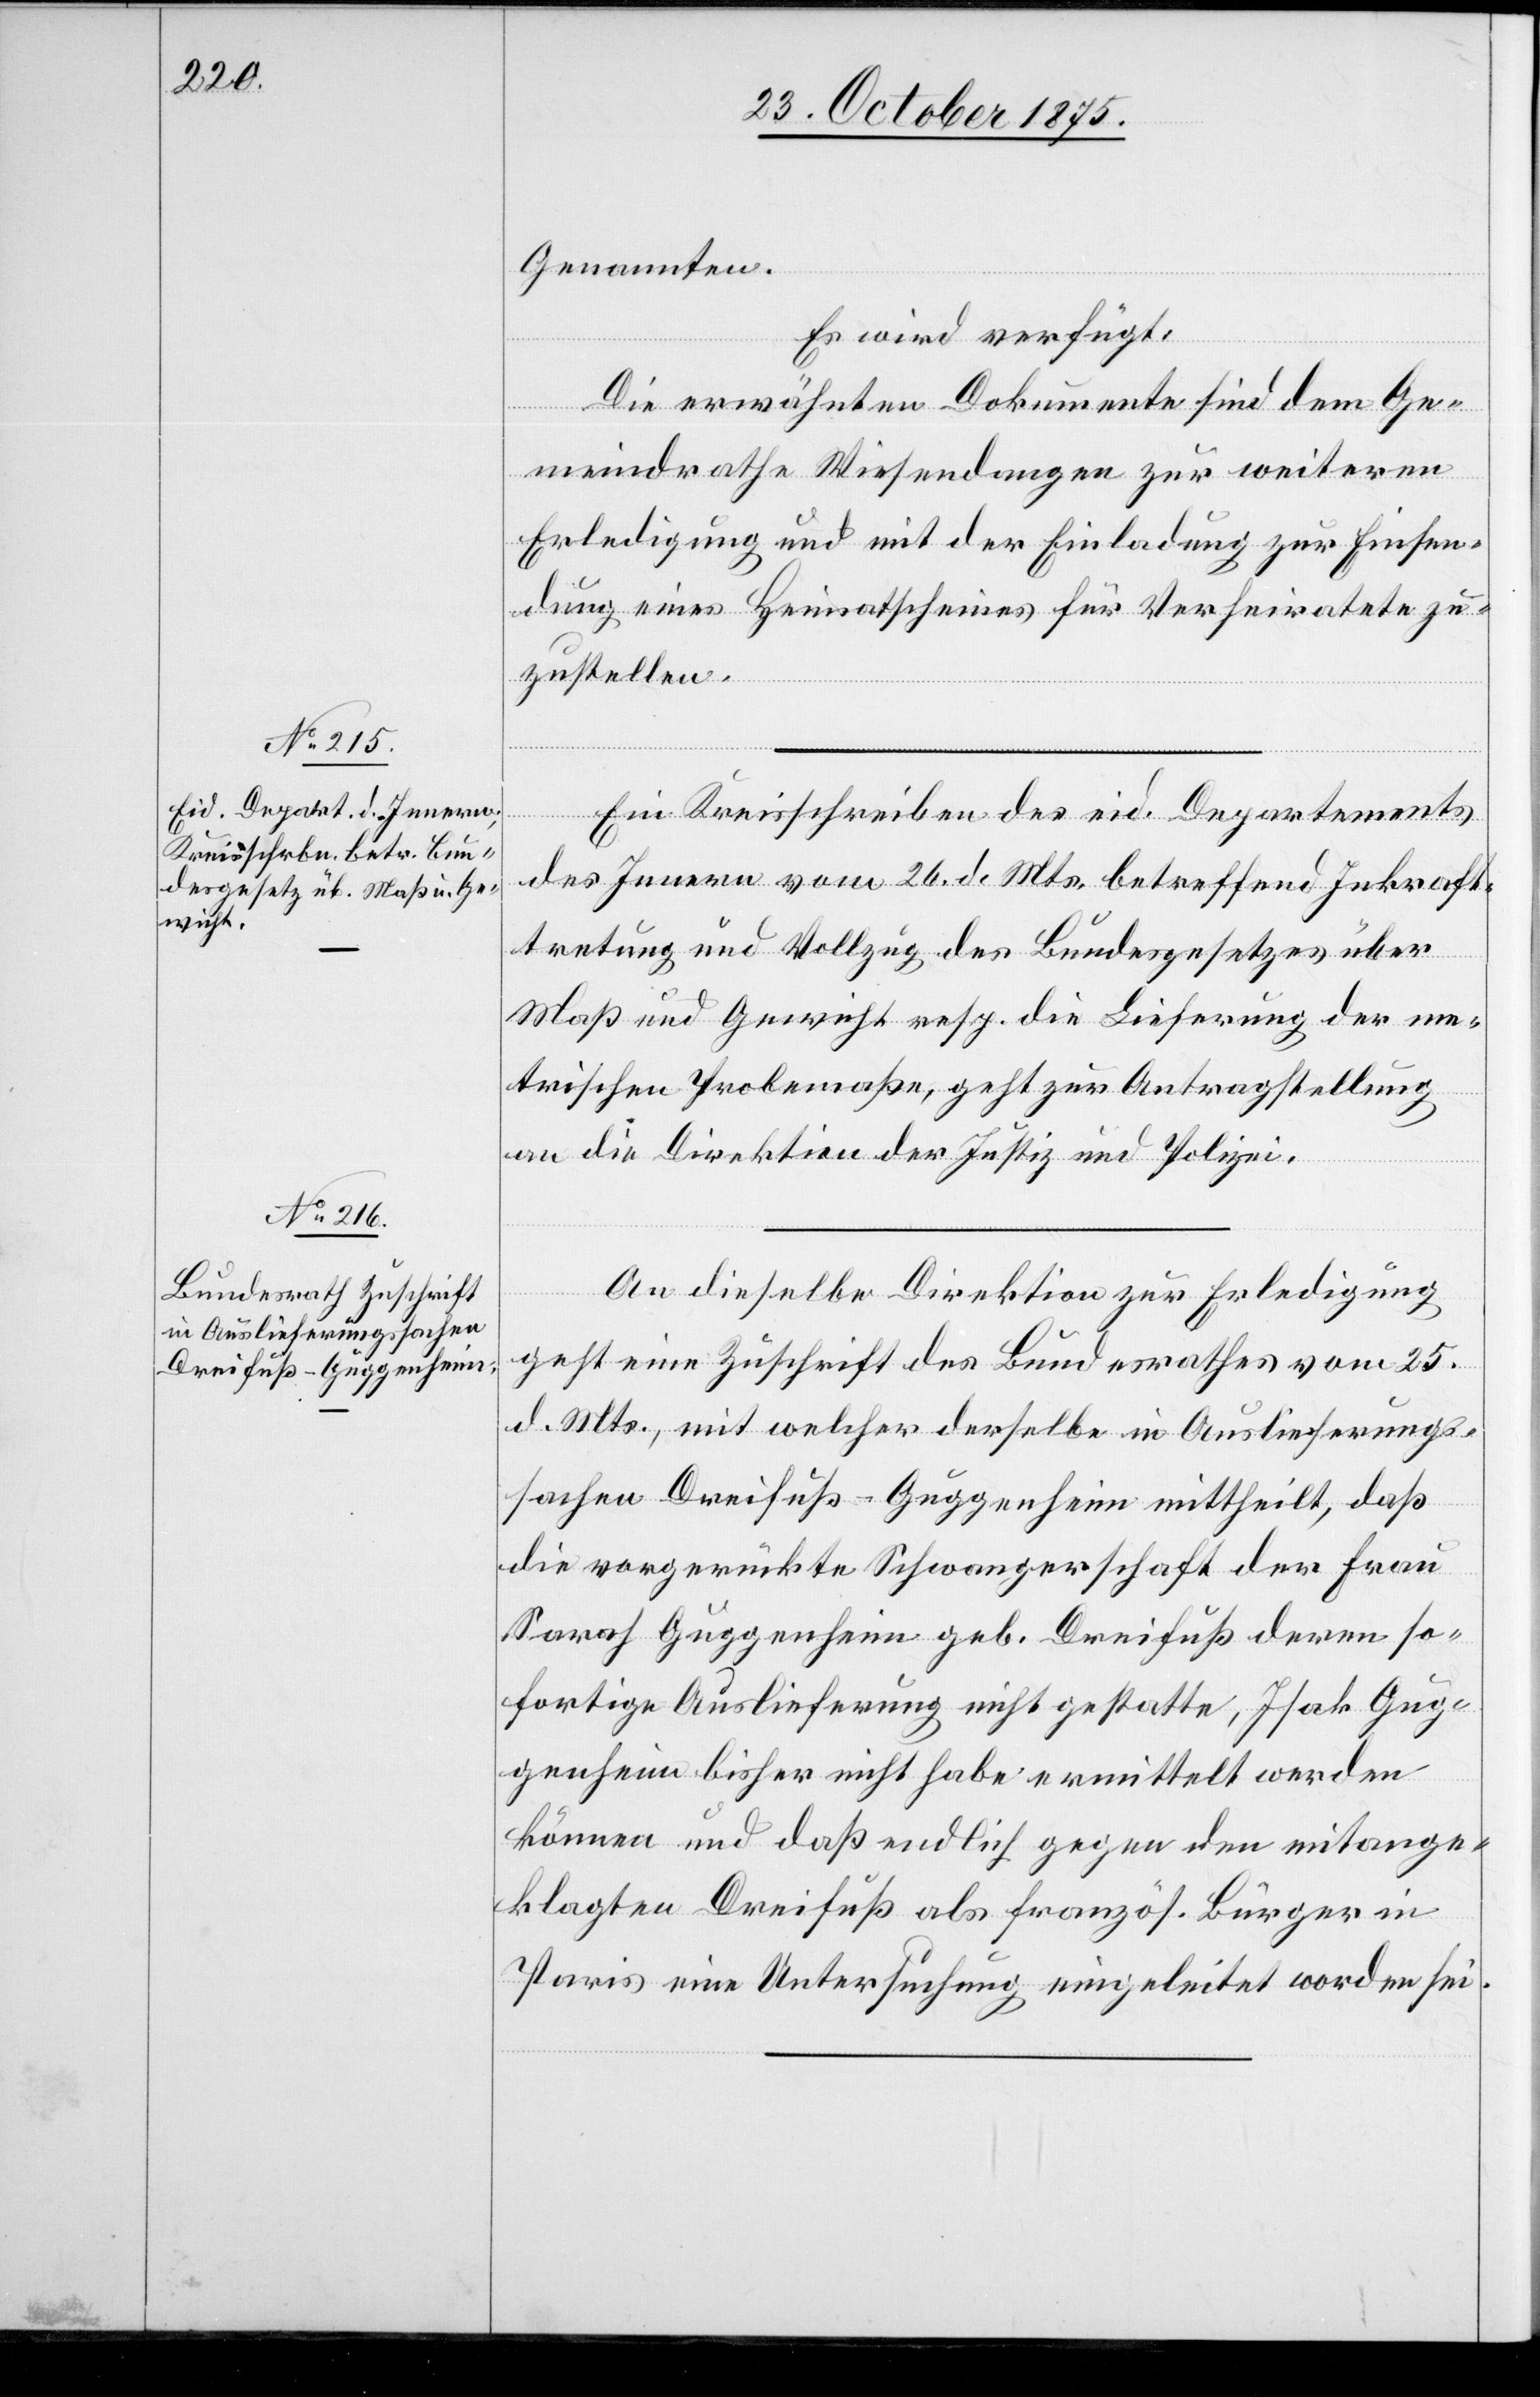
28. October 1875.]
Genannten.
Es wird verfügt:
des
Die erwähnten Dokumente sind dem Ge¬
meindrathe Wiesendangen zur weiteren
Erledigung und mit der Einladung zur Einsen¬
dung eines Heimatscheines für Verheiratete zu¬
zustellen.
des Innern vom 26. d. Mts. betreffend Inkraft¬
tretung und Vollzug des Bundesgesetzes über
Maß und Gewicht resp. die Lieferung der me¬
trischen Probemaße, geht zur Antragstellung
an die Direktion der Justiz und Polizei.
An dieselbe Direktion zur Erledigung
geht eine Zuschrift des Bundesrathes vom 25.
d. Mts., mit welcher derselbe in Auslieferungs¬
sachen Dreifuß-Guggenheim mittheilt, daß
die vorgerückte Schwangerschaft der Frau
Sarah Guggenheim geb. Dreifuß deren so¬
fortige Auslieferung nicht gestatte, Isak Gug¬
genheim bisher nicht habe ermittelt werden
können und daß endlich gegen den mitange¬
klagten Dreifuß als französ. Bürger in
Paris eine Untersuchung eingeleitet worden sei.